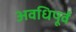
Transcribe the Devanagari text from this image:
अवधिपूर्व